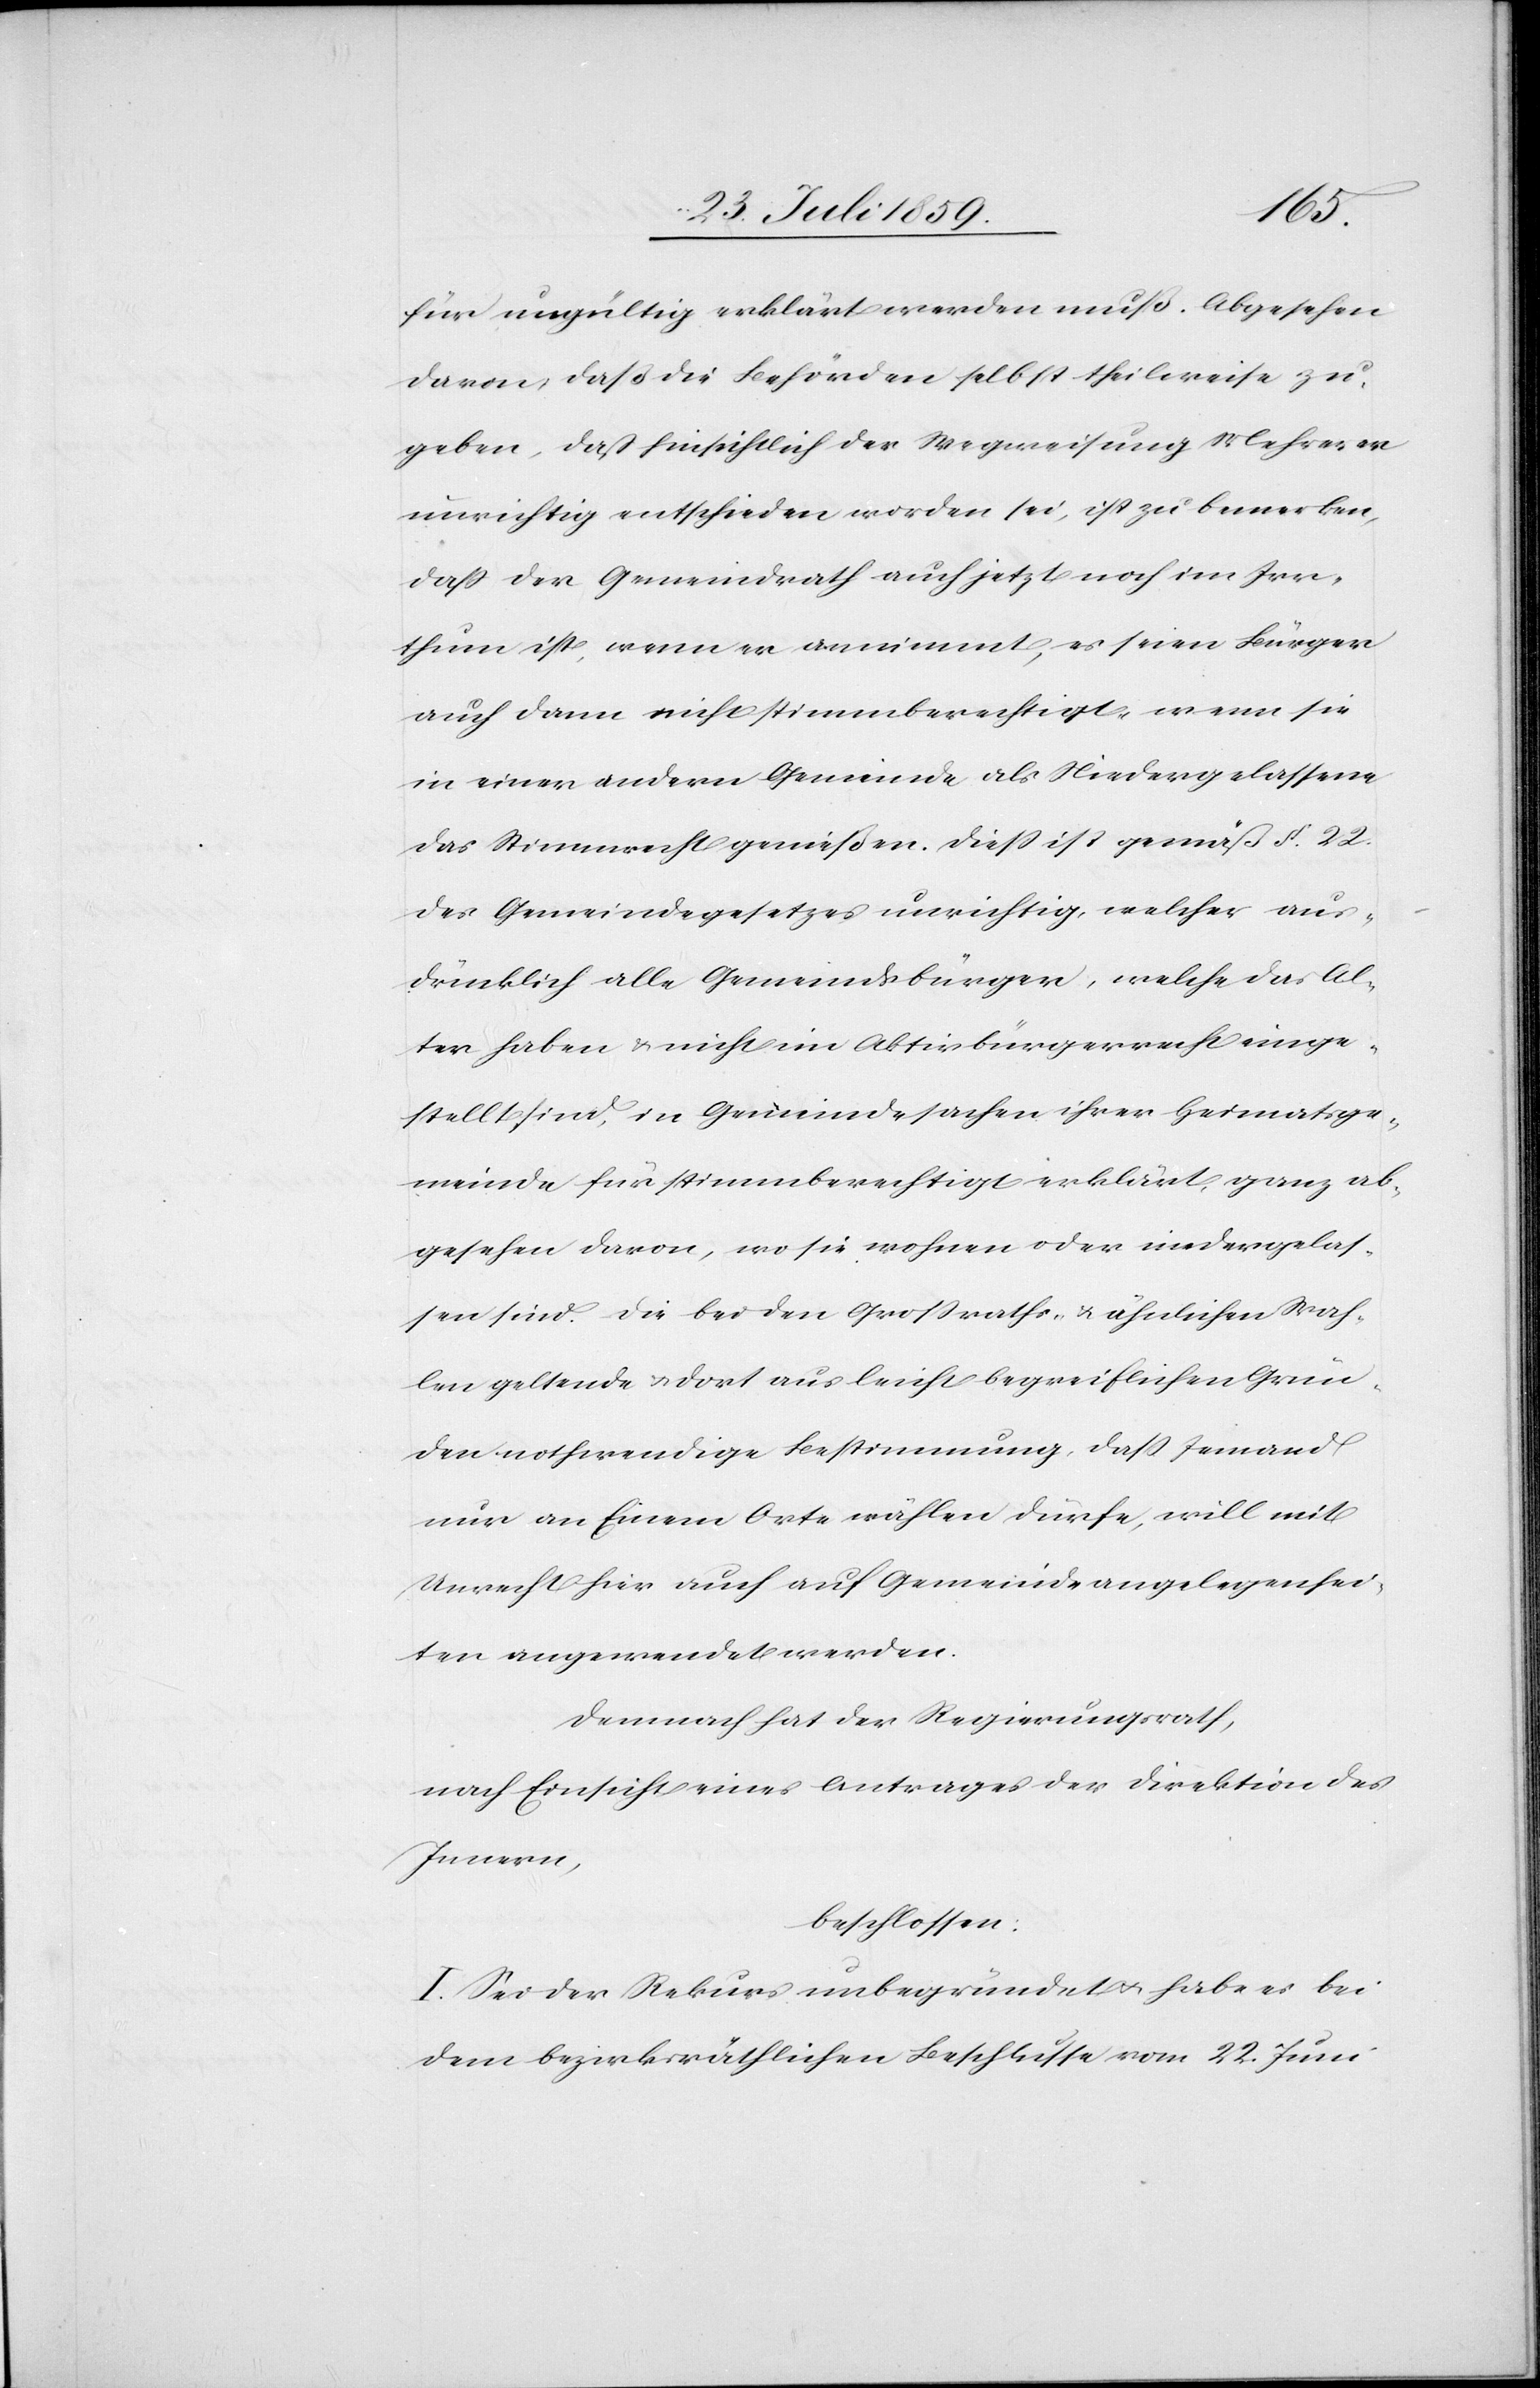
für ungültig erklärt werden muß. Abgesehen
davon, daß die Behörden selbst theilweise zu¬
geben, daß hinsichtlich der Wegweisung Mehrerer
unrichtig entschieden worden sei, ist zu bemerken,
daß der Gemeindrath auch jetzt noch im Irr¬
thum ist, wenn er annimmt, es seien Bürger
auch dann nicht stimmberechtigt, wenn sie
in einer andern Gemeinde als Niedergelassene
das Stimmrecht genießen. Dieß ist gemäß § 22.
des Gemeindegesetzes unrichtig, welcher au¬
sdrücklich alle Gemeindsbürger, welche das Al¬
ter haben u. nicht im Aktivbürgerrecht einge¬
stellt sind, in Gemeindesachen ihrer Heimatsge¬
meinde für stimmberechtigt erklärt, ganz ab¬
gesehen davon, wo sie wohnen oder niedergelas¬
sen sind. Die bei den Großraths- u. ähnlichen Wah¬
len geltende u. dort aus leicht begreiflichen Grün¬
den nothwendige Bestimmung, daß Jemand
nur an Einem Orte wählen dürfe, will mit
Unrecht hier auch auf Gemeindeangelegenhei¬
ten angewendet werden.
Demnach hat der Regierungsrath,
nach Einsicht eines Antrages der Direktion des
Innern,
beschlossen:
I. Sei der Rekurs unbegründet u. habe es bei
dem bezirksräthlichen Beschlusse vom 22. Juni